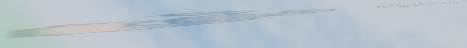
محل بيع السلع الجلدية: حق